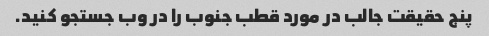
پنج حقیقت جالب در مورد قطب جنوب را در وب جستجو کنید.